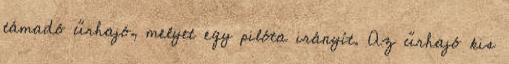
támadó űrhajó, melyet egy pilóta irányít. Az űrhajó kis